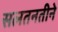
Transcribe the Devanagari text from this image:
सलतनतीने